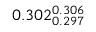
0 . 3 0 2 _ { 0 . 2 9 7 } ^ { 0 . 3 0 6 }